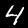
Digit: 4